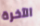
الآخرة